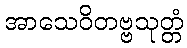
အာသေဝိတဗ္ဗသုတ္တံ